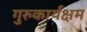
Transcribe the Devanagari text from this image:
गुरुकार्यक्षम